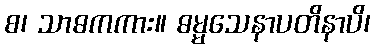
စ၊ သာဓကကား။ ဓမ္မသေနာပတိနာပိ၊